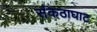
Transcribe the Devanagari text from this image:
संकठाघाट